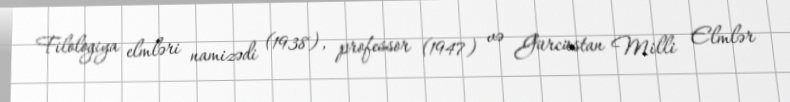
Filologiya elmləri namizədi (1938), professor (1947) və Gürcüstan Milli Elmlər